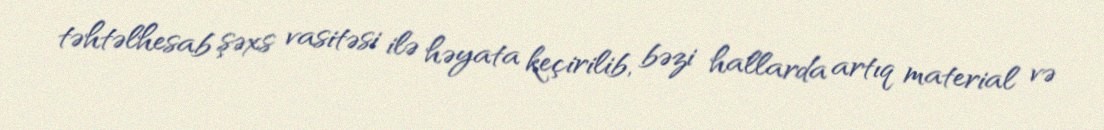
təhtəlhesab şəxs vasitəsi ilə həyata keçirilib, bəzi hallarda artıq material və